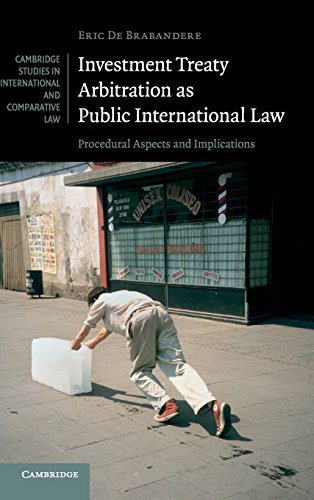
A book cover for Investment Treaty Arbitration as Public International Law: Procedural Aspects and Implications (Cambridge Studies in International and Comparative Law); Eric De Brabandere; Law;